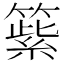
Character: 𥲕